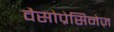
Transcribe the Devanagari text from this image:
वैसोप्रेसिनेज़